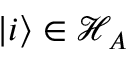
| i \rangle \in \mathcal { H } _ { A }